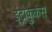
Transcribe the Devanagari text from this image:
इंट्रोकुकस